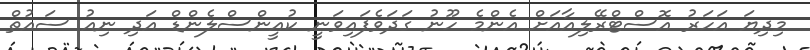
މިދިޔަ އަހަރު އޮސްޓްރޭލިއާއަށް އެންމެ ހޫނު ގަދަވެފައިވަނީ ކުއީންސްލެންޑް އަދި ނިއު ސައުތް